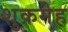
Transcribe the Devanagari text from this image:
शुक्रमेह